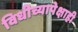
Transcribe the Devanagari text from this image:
विधीच्यापेक्षाही